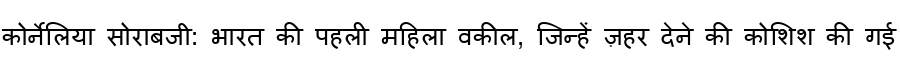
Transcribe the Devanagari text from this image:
कोर्नेलिया सोराबजी: भारत की पहली महिला वकील, जिन्हें ज़हर देने की कोशिश की गई